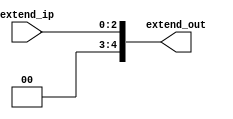
module sign_extend(
input [2:0] extend_ip,
output reg [4:0] extend_out);
    
    always@ (*)
    begin
    extend_out = {{2{0}},extend_ip[2:0]};
    end
    
endmodule